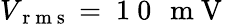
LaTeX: V_{\mathrm{~r~m~s~}}=\mathrm{~1~0~\, ~m~V~}